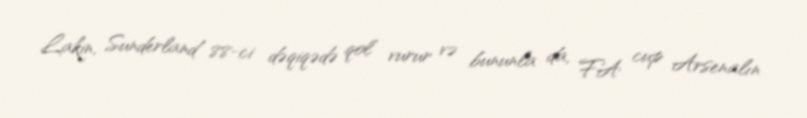
Lakin, Sunderland 88-ci dəqiqədə qol vurur və bununla da, FA cup Arsenalın